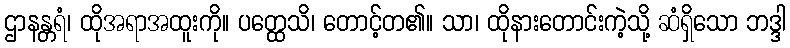
ဌာနန္တရံ၊ ထိုအရာအထူးကို။ ပတ္ထေသိ၊ တောင့်တ၏။ သာ၊ ထိုနားတောင်းကဲ့သို့ ဆံရှိသော ဘဒ္ဒါ